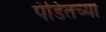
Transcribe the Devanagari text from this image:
पंडितच्या